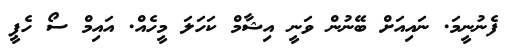
ފެނުނީމަ. ނައިއަށް ބޭނުން ވަނީ އިޝާމް ކަހަލަ މީހެއް. އައިމް ސޯ ހެޕީ